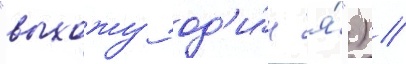
"выхожу од'и́н я́") /